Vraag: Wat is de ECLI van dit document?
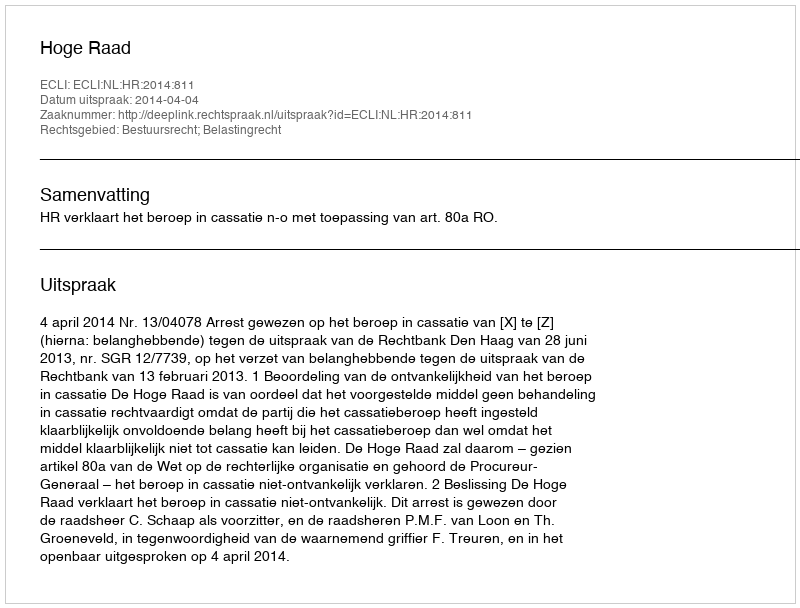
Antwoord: ECLI:NL:HR:2014:811